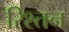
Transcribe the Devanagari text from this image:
रिश्तन